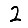
Digit: 2